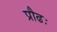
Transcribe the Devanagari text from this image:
प्रौढः